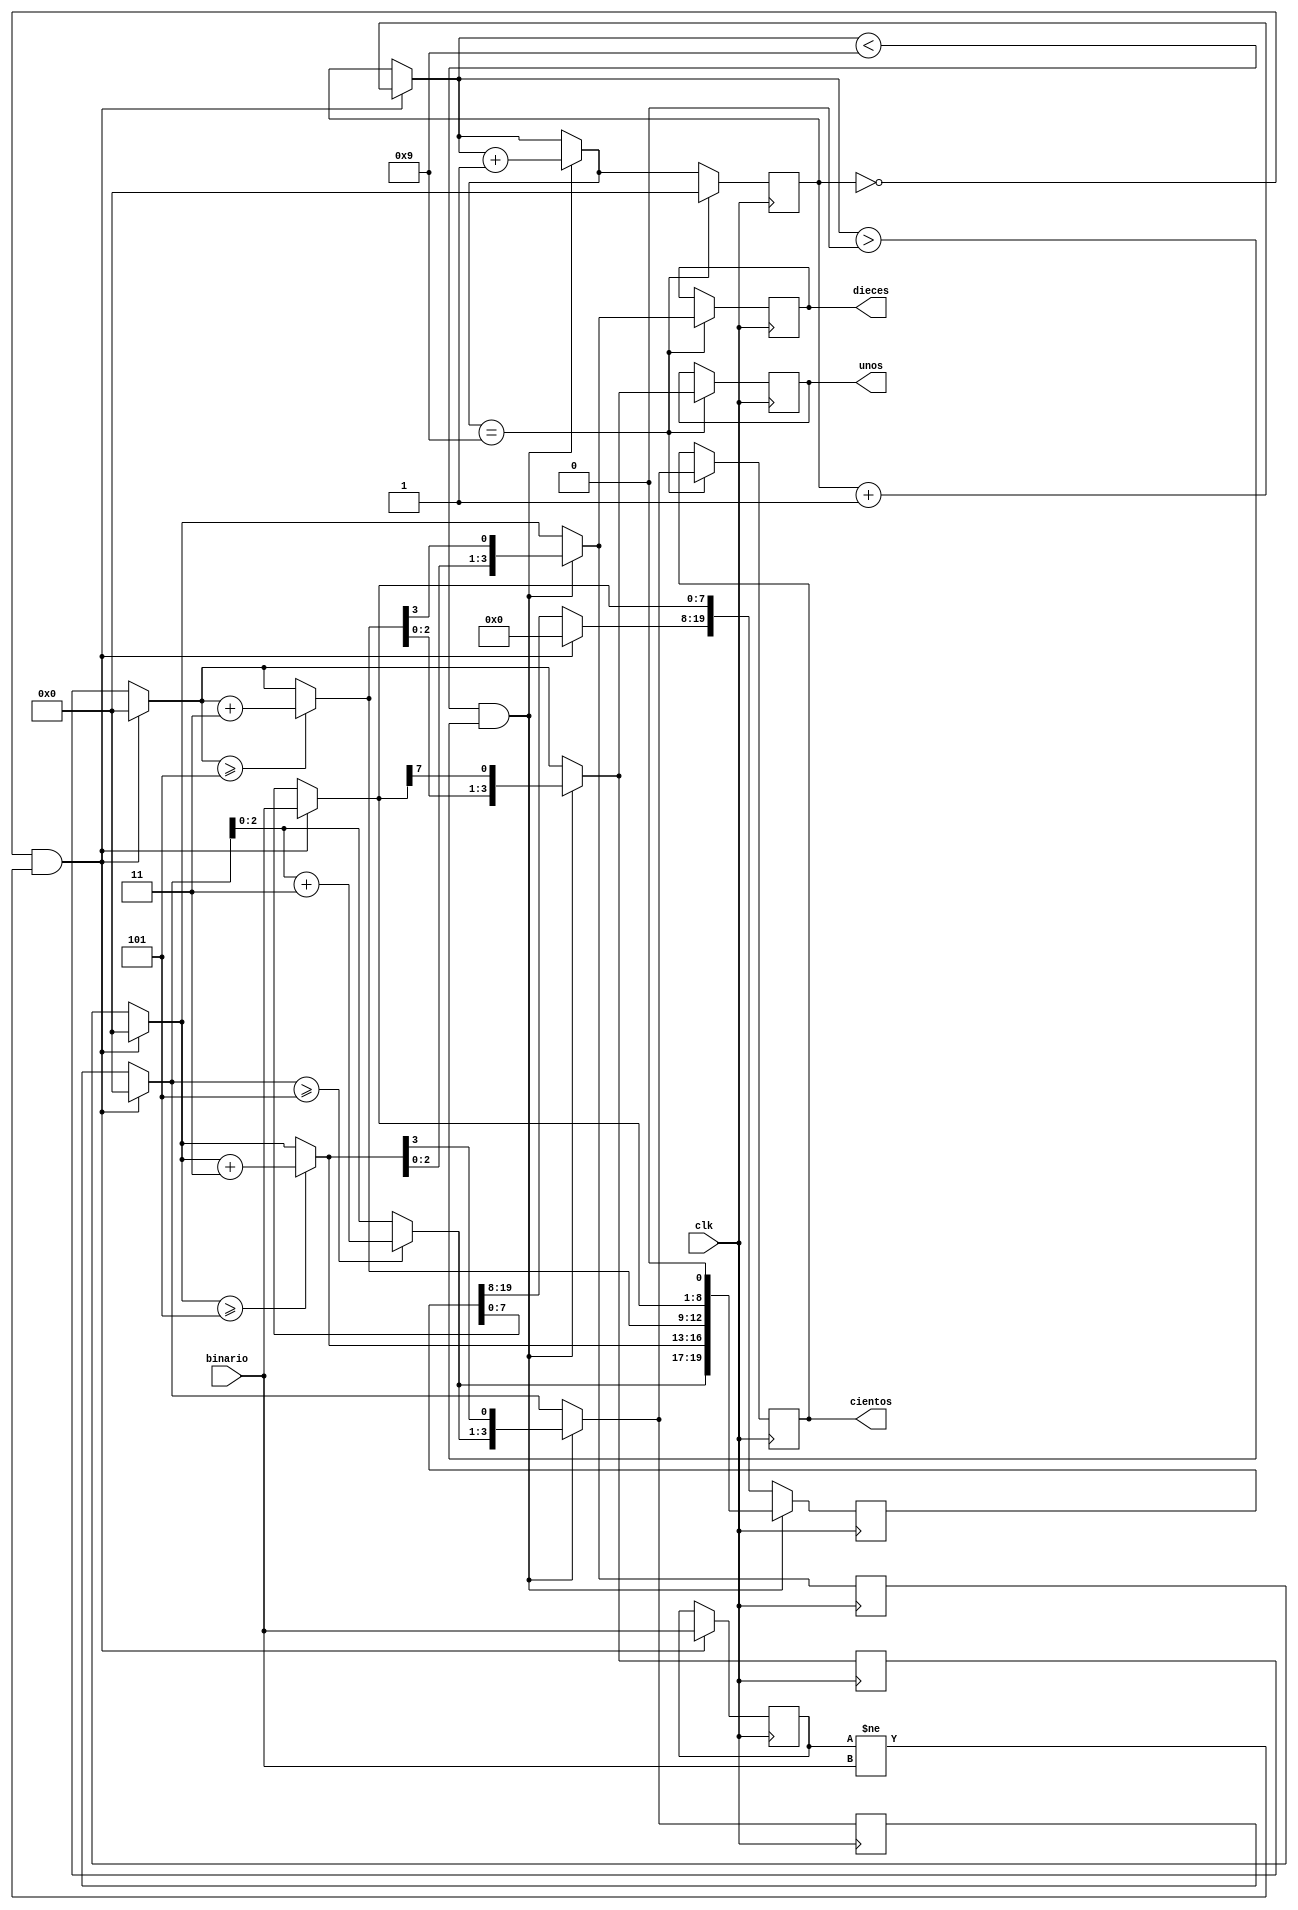
module BinaryToBCD (
//Entradas
input clk,
input [7:0] binario,
//Salidas
output reg [3:0] unos = 0,
output reg [3:0] dieces = 0,
output reg [3:0] cientos = 0);

//Utilizado como contador para la secuencia
reg [3:0] i = 0;
//Registro utilizado para realizar el corrimiento y guardar el valor
reg [19:0] registro_corrimiento;
//Guardadermos los 4 bits que se tomaran como los 1s en BCD
reg [3:0] temp_unos = 0;
//Guardadermos los 4 bits que se tomaran como los 10es en BCD
reg [3:0] temp_dieces = 0;
//Guardadermos los 4 bits que se tomaran como los 100es en BCD
reg [3:0] temp_cientos = 0;
//Registro que nos servira para checar si la entrada valor ha cambiado
reg [7:0] temp_binario = 0;	

always@ (posedge clk)
begin
  // Si el contador se reinicio y el valor de la entrada binario ha cambiado
  if (i == 0 & (temp_binario != binario))
      begin
      //Inicializar el registro de corrimiento en 0
		registro_corrimiento = 20'd0;
		//Asignamos el valor de la variable binario a temp_binario, para que podamos saber despues si hemos tenido una nueva entrada
		temp_binario = binario;
		//Asignamos los 8 bits de la variable binario a los 8 bits menos significativos del registro_corrimiento
      registro_corrimiento[7:0] = binario;
		//Asignamos valores de los unos, dices y cientos a partir de la variable registro_corrimiento
		temp_unos = registro_corrimiento[11:8];
		temp_dieces = registro_corrimiento[15:12];
		temp_cientos = registro_corrimiento[19:16];
		//Aumentamos contador
		i=i+1;
		end
  if (i < 9 & i>0)
      begin
      //Checamos si las variables unos, dices y cientos son mayores o iguales a 5
		if (temp_unos>=5)
		  temp_unos = temp_unos+3;
		if (temp_dieces>=5)
		  temp_dieces = temp_dieces+3;
		if (temp_cientos>=5)
		  temp_cientos = temp_cientos+3;
		//Metemos estos nuevos valores en la variable registro_corrimiento
		registro_corrimiento[19:8] = {temp_cientos,temp_dieces,temp_unos};
		//Despues hacemos un shift left
		registro_corrimiento = registro_corrimiento<<1;
		//Y actualizamos los nuevos valores de los unos, dieces y cienes
		temp_unos = registro_corrimiento[11:8];
		temp_dieces = registro_corrimiento[15:12];
		temp_cientos = registro_corrimiento[19:16];
		//Actualizamos el contador
		i=i+1;
		end
  if (i == 9)
      begin
      //El contador llego al limite y lo reiniciamos
      i=0;
		//Por ultimo asignamos las salidas del BCD
		unos = temp_unos;
		dieces = temp_dieces;
		cientos = temp_cientos;
		end
end
endmodule